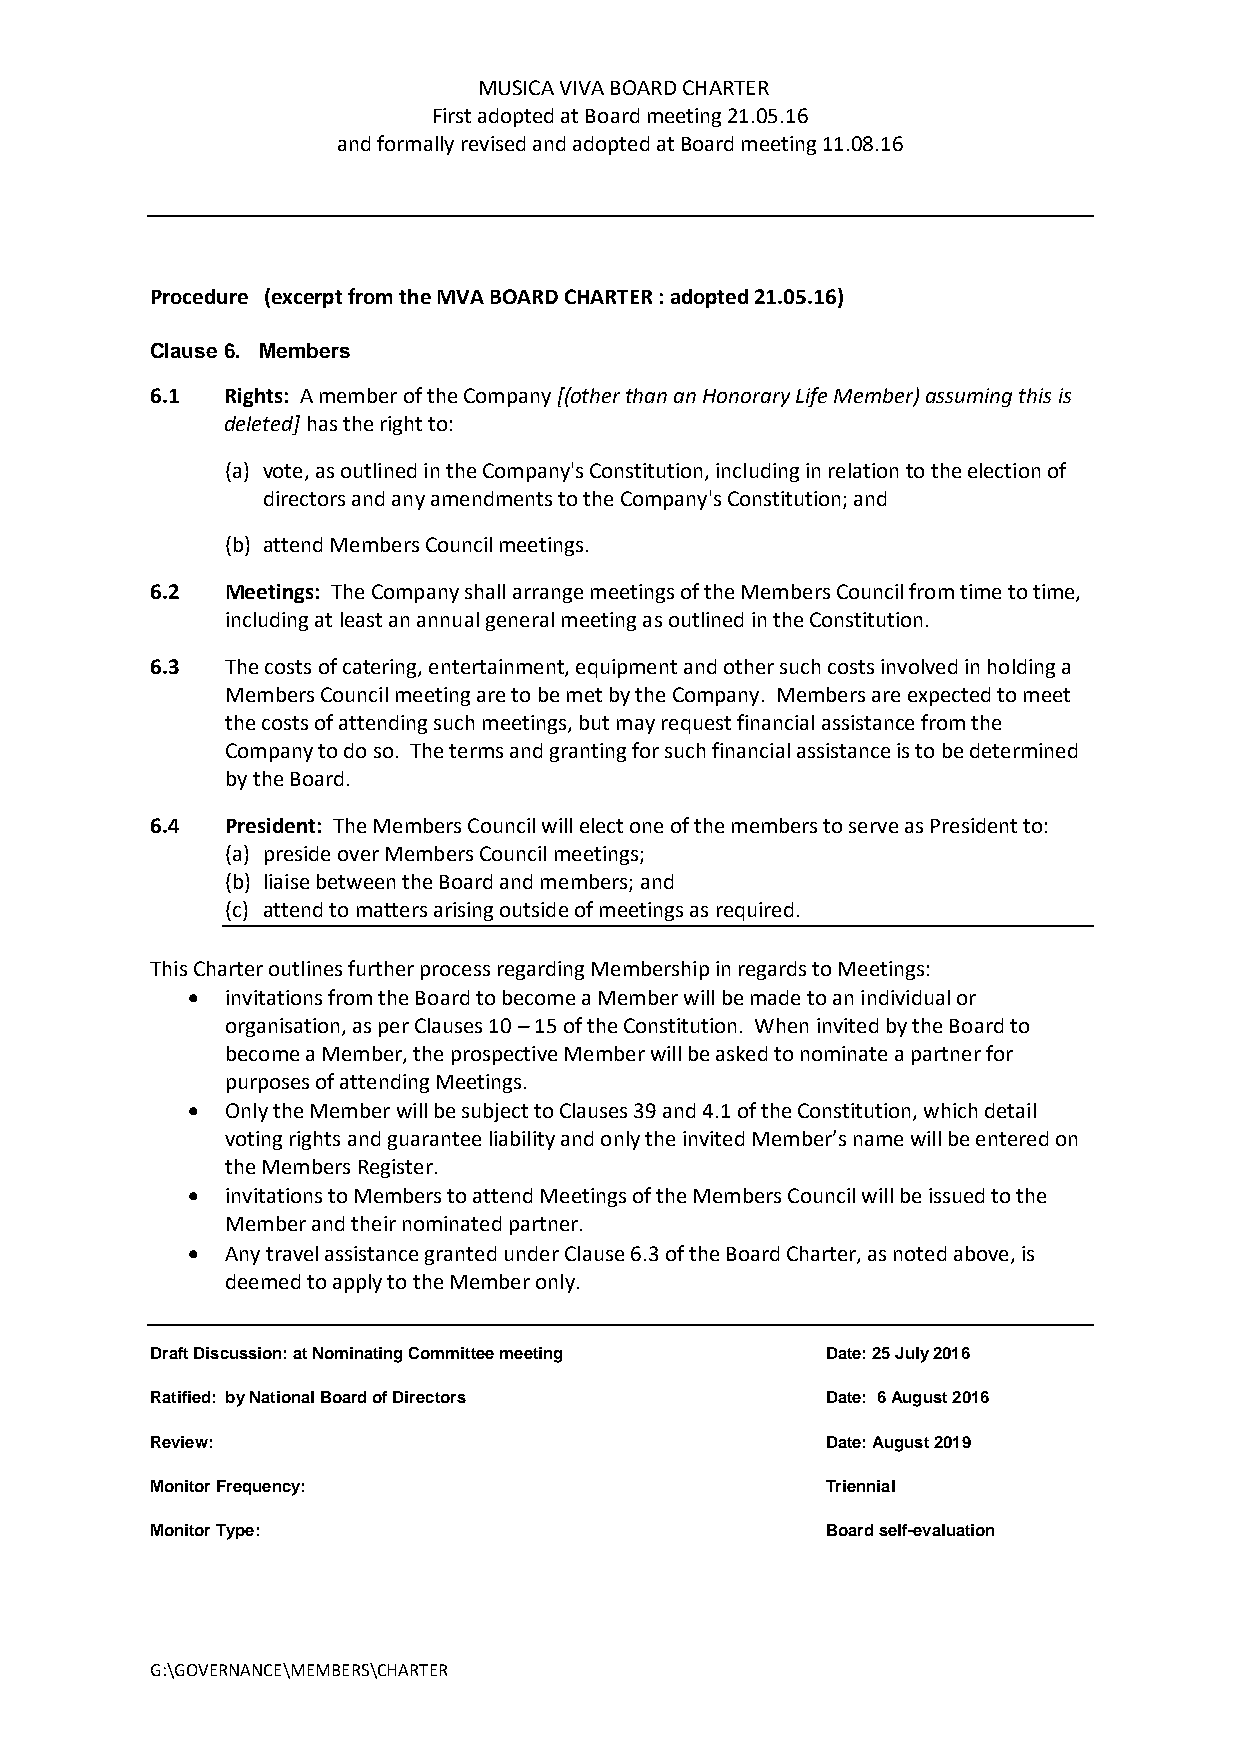
MUSICA VIVA BOARD CHARTER
 First adopted at Board meeting 21.05.16
 and formally revised and adopted at Board meeting 11.08.16
 Procedure (excerpt from the MVA BOARD CHARTER : adopted 21.05.16)
 Clause 6. Members
 6.1  Rights: A member of the Company [(other than an Honorary Life Member) assuming this is
 deleted] has the right to:
 (a) vote, as outlined in the Company's Constitution, including in relation to the election of
 directors and any amendments to the Company's Constitution; and
 (b) attend Members Council meetings.
 6.2  Meetings: The Company shall arrange meetings of the Members Council from time to time,
 including at least an annual general meeting as outlined in the Constitution.
 6.3  The costs of catering, entertainment, equipment and other such costs involved in holding a
 Members Council meeting are to be met by the Company. Members are expected to meet
 the costs of attending such meetings, but may request financial assistance from the
 Company to do so. The terms and granting for such financial assistance is to be determined
 by the Board.
 6.4  President: The Members Council will elect one of the members to serve as President to:
 (a) preside over Members Council meetings;
 (b) liaise between the Board and members; and
 (c) attend to matters arising outside of meetings as required.
 This Charter outlines further process regarding Membership in regards to Meetings:
   invitations from the Board to become a Member will be made to an individual or
 organisation, as per Clauses 10 – 15 of the Constitution. When invited by the Board to
 become a Member, the prospective Member will be asked to nominate a partner for
 purposes of attending Meetings.
   Only the Member will be subject to Clauses 39 and 4.1 of the Constitution, which detail
 voting rights and guarantee liability and only the invited Member’s name will be entered on
 the Members Register.
   invitations to Members to attend Meetings of the Members Council will be issued to the
 Member and their nominated partner.
   Any travel assistance granted under Clause 6.3 of the Board Charter, as noted above, is
 deemed to apply to the Member only.
 Draft Discussion: at Nominating Committee meeting Date: 25 July 2016
 Ratified: by National Board of Directors     Date: 6 August 2016
 Review:                                      Date: August 2019
 Monitor Frequency:                           Triennial
 Monitor Type:                                Board self-evaluation
 G:\GOVERNANCE\MEMBERS\CHARTER